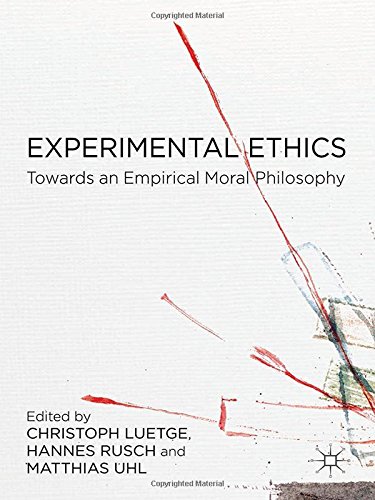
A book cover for Experimental Ethics: Toward an Empirical Moral Philosophy; Politics & Social Sciences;